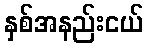
နှစ်အနည်းငယ်